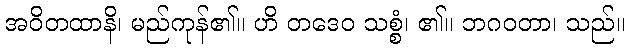
အဝိတထာနိ၊ မည်ကုန်၏။ ဟိ တဒေဝ သစ္စံ၊ ၏။ ဘဂဝတာ၊ သည်။